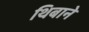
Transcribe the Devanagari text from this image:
थिबाने